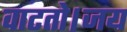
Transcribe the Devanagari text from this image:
वाटतो।जय